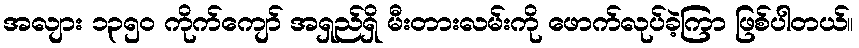
အလျား ၁၃၅၀ ကိုက်ကျော် အရှည်ရှိ မီးတားလမ်းကို ဖောက်လုပ်ခဲ့ကြာ ဖြစ်ပါတယ်။